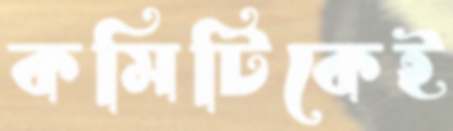
কমিটিকেই